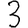
Digit: 3